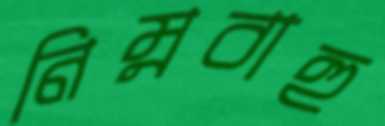
নিম্নবাহু